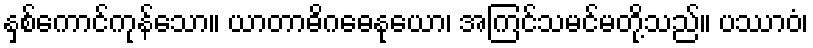
နှစ်ကောင်ကုန်သော။ ယာတာဓိဂဓေနုယော၊ အကြင်သမင်မတို့သည်။ ပဿာဝံ၊